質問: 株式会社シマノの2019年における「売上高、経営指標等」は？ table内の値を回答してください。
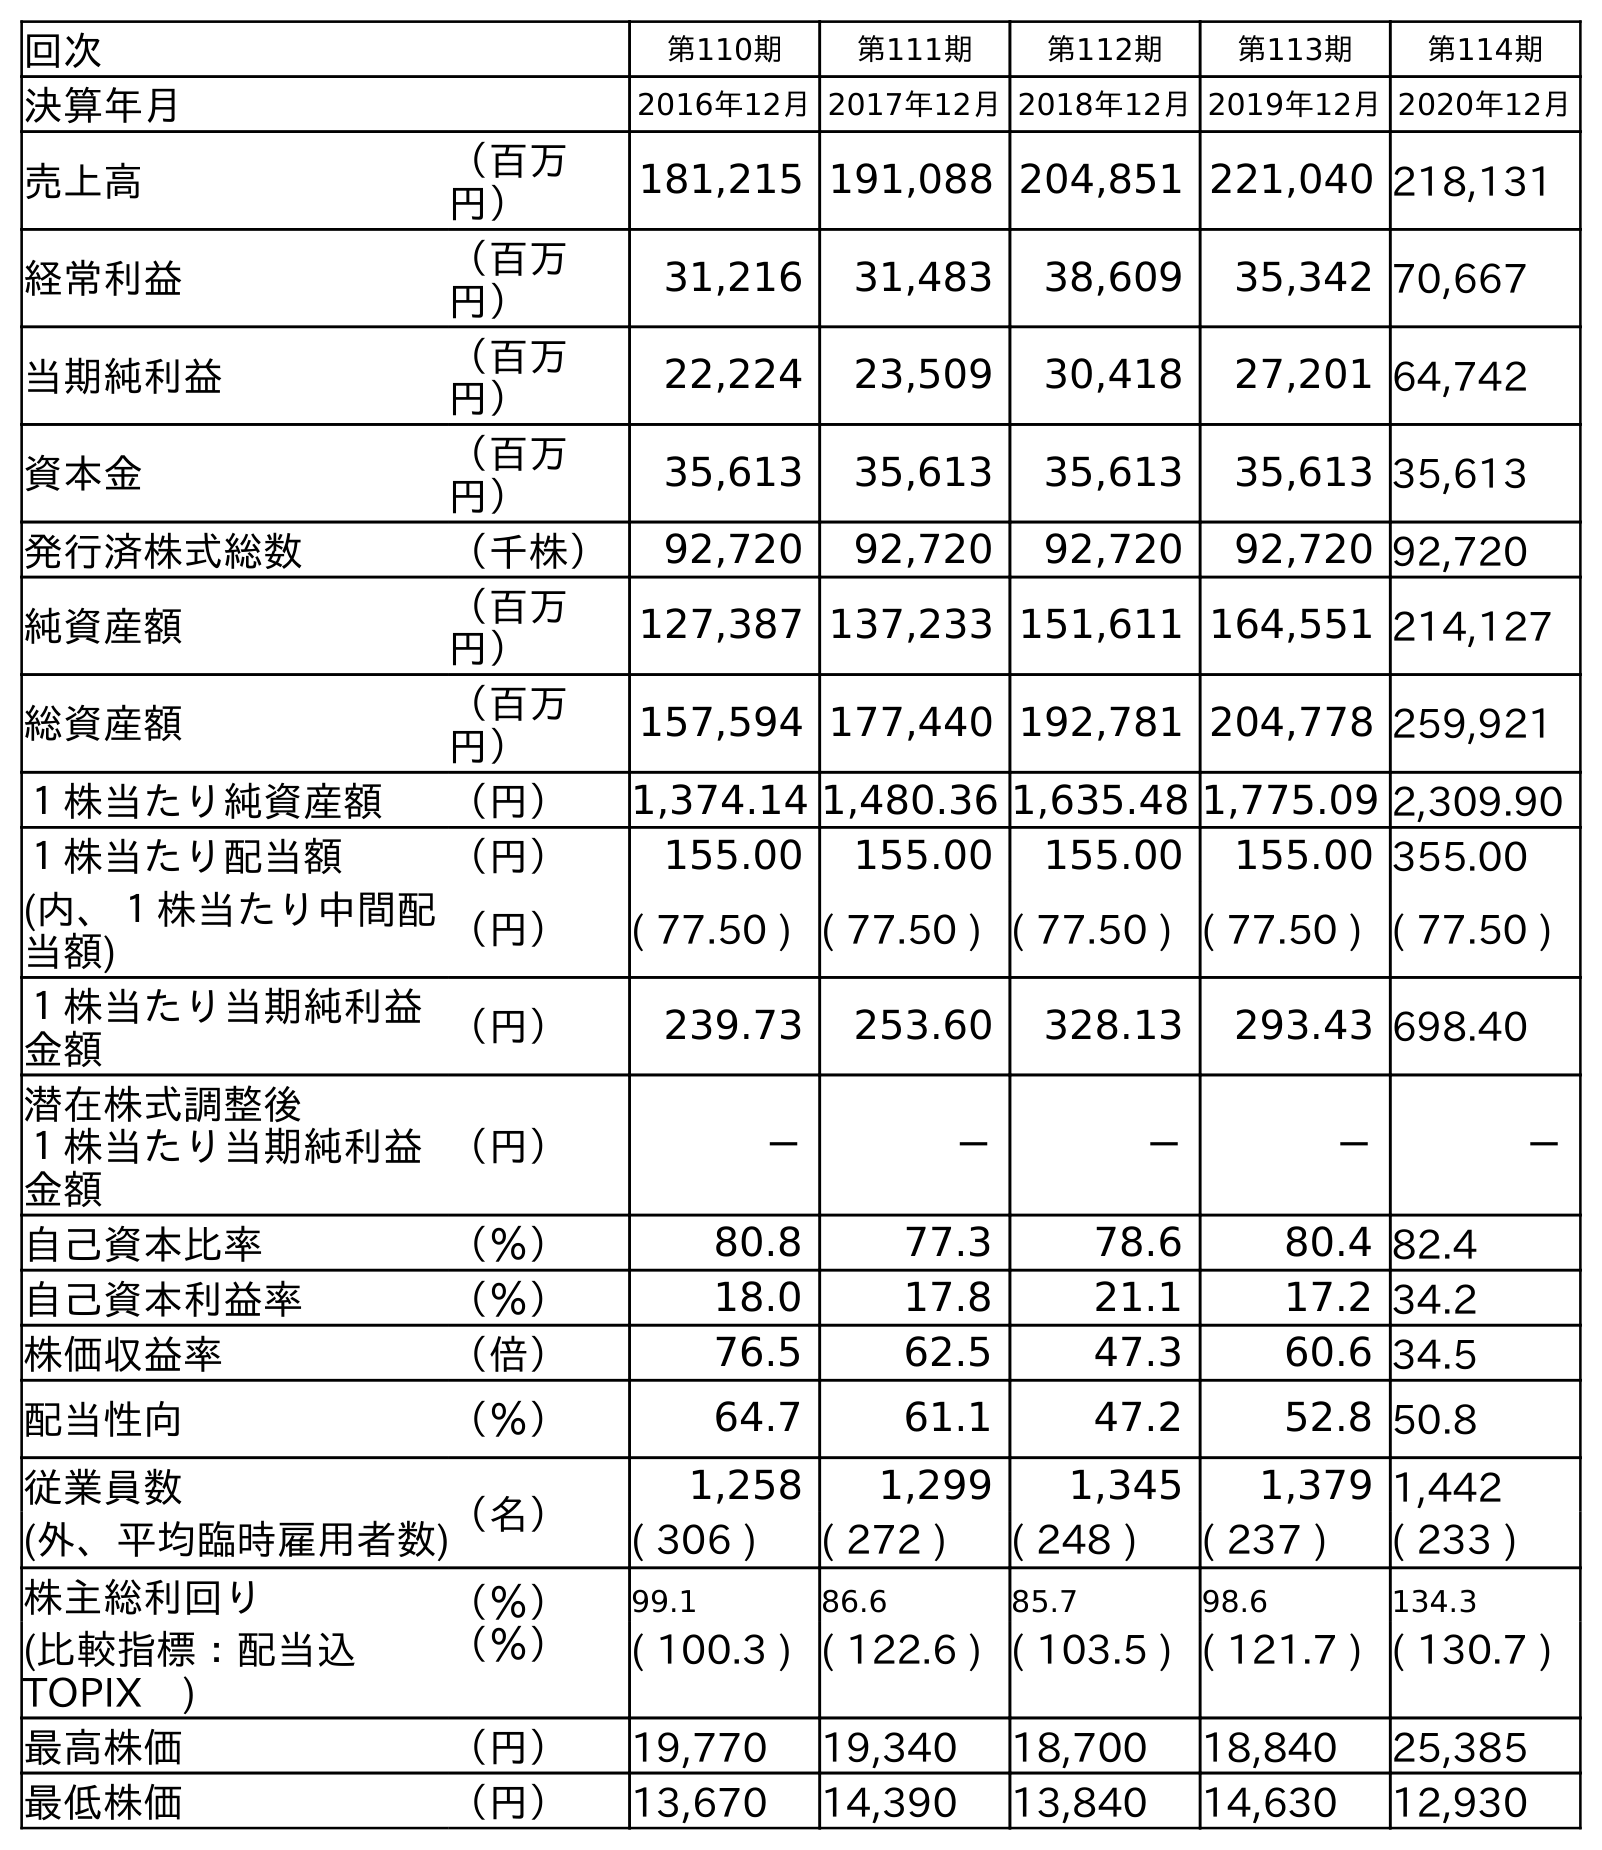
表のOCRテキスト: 回次 第110期 第111期 第112期 第113期 第114期 決算年月 2016年12月2017年12月2018年12月2019年12月2020年12月 売上高 （百万 円） 181,215 191,088 204,851 221,040 218,131 経常利益 （百万 円） 31,216 31,483 38,609 35,342 70,667 当期純利益 （百万 円） 22,224 23,509 30,418 27,201 64,742 資本金 （百万 円） 35,613 35,613 35,613 35,613 35,613 発行済株式総数 （千株） 92,720 92,720 92,720 92,720 92,720 純資産額 （百万 円） 127,387 137,233 151,611 164,551 214,127 総資産額 （百万 円） 157,594 177,440 192,781 204,778 259,921 １株当たり純資産額 （円） 1,374.14 1,480.36 1,635.48 1,775.09 2,309.90 １株当たり配当額 （円） 155.00 155.00 155.00 155.00 355.00 (内、１株当たり中間配 当額) （円） ( 77.50 ) ( 77.50 ) ( 77.50 ) ( 77.50 ) ( 77.50 ) １株当たり当期純利益 金額 （円） 239.73 253.60 328.13 293.43 698.40 潜在株式調整後 １株当たり当期純利益 金額 （円） － － － － － 自己資本比率 （％） 80.8 77.3 78.6 80.4 82.4 自己資本利益率 （％） 18.0 17.8 21.1 17.2 34.2 株価収益率 （倍） 76.5 62.5 47.3 60.6 34.5 配当性向 （％） 64.7 61.1 47.2 52.8 50.8 従業員数 （名） 1,258 1,299 1,345 1,379 1,442 (外、平均臨時雇用者数) ( 306 ) ( 272 ) ( 248 ) ( 237 ) ( 233 ) 株主総利回り （％） 99.1 86.6 85.7 98.6 134.3 (比較指標：配当込 TOPIX ) （％） ( 100.3 ) ( 122.6 ) ( 103.5 ) ( 121.7 ) ( 130.7 ) 最高株価 （円） 19,770 19,340 18,700 18,840 25,385 最低株価 （円） 13,670 14,390 13,840 14,630 12,930
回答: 221,040